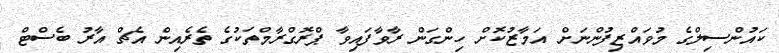
ކައުންސިލްގެ މުވައްޒިފުންނަށް އަމާޒުކޮށް ހިންގަން ރާވާފައިވާ ޕްރޮގްރާމްތަކުގެ ތެރެއިން އެޗް އާރު ބެސްޓް